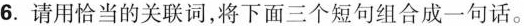
6.请用恰当的关联词，将下面三个短句组合成一句话。